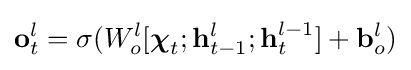
\mathbf {o} _{t}^{l}=\sigma (W_{o}^{l}[{\boldsymbol {\chi }}_{t};\mathbf {h} _{t-1}^{l};\mathbf {h} _{t}^{l-1}]+\mathbf {b} _{o}^{l})